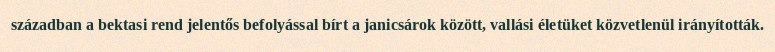
században a bektasi rend jelentős befolyással bírt a janicsárok között, vallási életüket közvetlenül irányították.